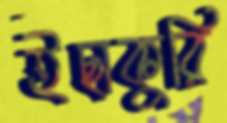
ইছাকুরি